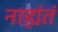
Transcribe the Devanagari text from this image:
नाह्यंतं